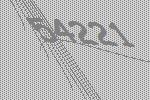
54221